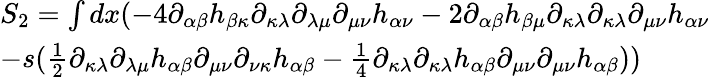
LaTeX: \begin{array}{l}{{S_{2}=\int{dx(-4\partial_{\alpha\beta}h_{\beta\kappa}\partial_{\kappa\lambda}\partial_{\lambda\mu}\partial_{\mu\nu}h_{\alpha\nu}}-2\partial_{\alpha\beta}h_{\beta\mu}\partial_{\kappa\lambda}\partial_{\kappa\lambda}\partial_{\mu\nu}h_{\alpha\nu}}}\\ {{-s(\frac{1}{2}\partial_{\kappa\lambda}\partial_{\lambda\mu}h_{\alpha\beta}\partial_{\mu\nu}\partial_{\nu\kappa}h_{\alpha\beta}-\frac{1}{4}\partial_{\kappa\lambda}\partial_{\kappa\lambda}h_{\alpha\beta}\partial_{\mu\nu}\partial_{\mu\nu}h_{\alpha\beta}))}}\end{array}